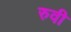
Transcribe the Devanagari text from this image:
रुवी